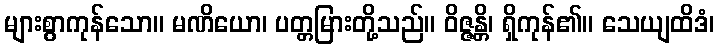
များစွာကုန်သော။ မဏိယော၊ ပတ္တမြားတို့သည်။ ဝိဇ္ဇန္တိ၊ ရှိကုန်၏။ သေယျထိဒံ၊